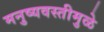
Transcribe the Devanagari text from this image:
मनुष्यवस्तीमुळे